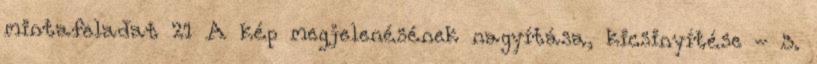
mintafeladat 21 A kép megjelenésének nagyítása, kicsinyítése - 3.